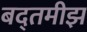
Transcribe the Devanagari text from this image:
बद्तमीझ